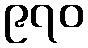
၉၇၀